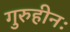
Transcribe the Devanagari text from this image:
गुरुहीनः